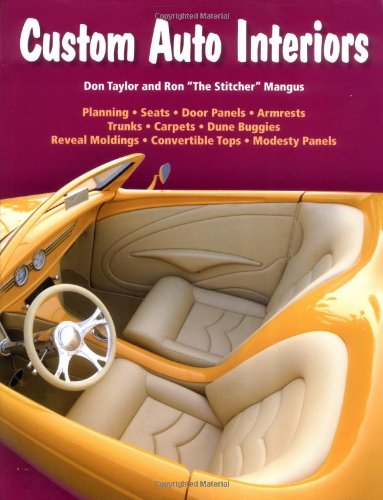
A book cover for Custom Auto Interiors; Don Taylor; Engineering & Transportation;